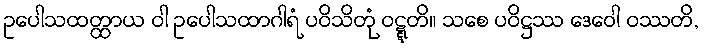
ဥပေါသထတ္ထာယ ဝါ ဥပေါသထာဂါရံ ပဝိသိတုံ ဝဋ္ဋတိ။ သစေ ပဝိဋ္ဌဿ ဒေဝေါ ဝဿတိ,